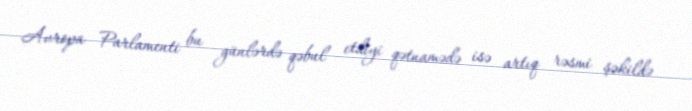
Avropa Parlamenti bu günlərdə qəbul etdiyi qətnamədə isə artıq rəsmi şəkildə